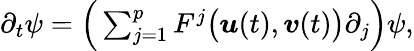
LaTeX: \begin{array}{r}{\partial_{t}\psi=\Big(\sum_{j=1}^{p}F^{j}\big(\boldsymbol{u}(t),\boldsymbol{v}(t)\big)\partial_{j}\Big)\psi,}\end{array}